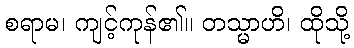
စရာမ၊ ကျင့်ကုန်၏။ တသ္မာဟိ၊ ထိုသို့